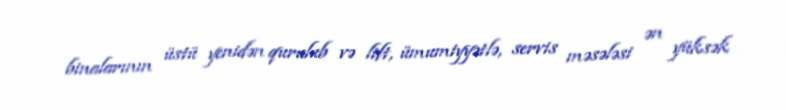
binalarının üstü yenidən qurulub və lift, ümumiyyətlə, servis məsələsi ən yüksək